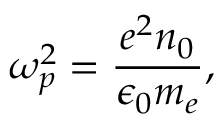
\omega _ { p } ^ { 2 } = { \frac { e ^ { 2 } n _ { 0 } } { \epsilon _ { 0 } m _ { e } } } ,